Annual report of the Central Committee of the Association together with the report of the directors of the Pasteur Institute at Kasauli
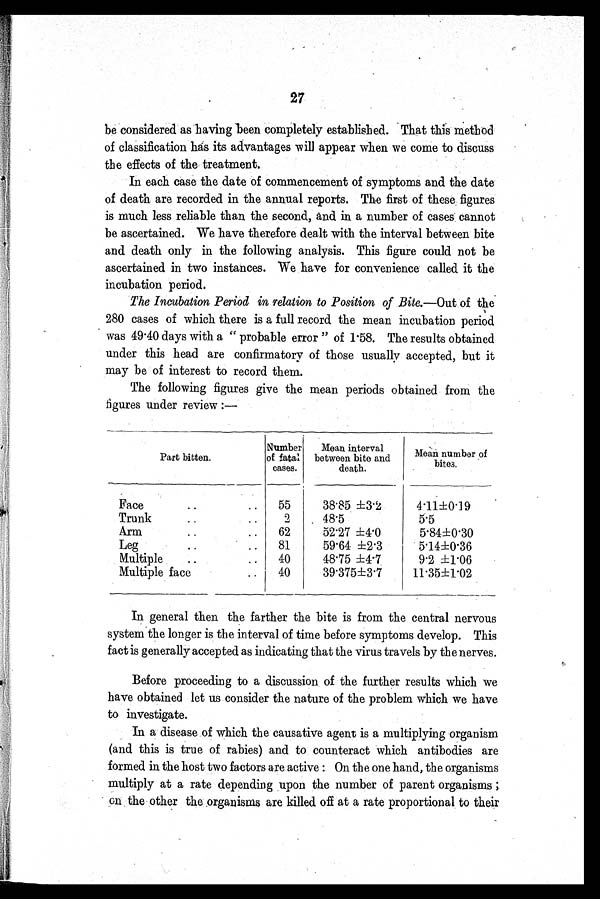
27
be considered as having been completely established. That this method
of classification has its advantages will appear when we come to discuss
the effects of the treatment.
In each case the date of commencement of symptoms and the date
of death are recorded in the annual reports. The first of these figures
is much less reliable than the second, and in a number of cases cannot
be ascertained. We have therefore dealt with the interval between bite
and death only in the following analysis. This figure could not be
ascertained in two instances. We have for convenience called it the
incubation period.
The Incubation Period in relation to Position of Bite .—Out of the
280 cases of which there is a full record the mean incubation period
was 49.40 days with a "probable error" of 1.58. The results obtained
under this head are confirmatory of those usually accepted, but it
may be of interest to record them.
The following figures give the mean periods obtained from the
figures under review:—
Part bitten.
Number
of fatal
cases.
Mean interval
between bite and
death.
Mean number of
bites.
Face. . .
55
38.85 ±3.2
4.11±0.19
Trunk . . .
2
48.5
5.5
Arm. . .
62
52.27 ±4.0
5.84±0.30
Leg . . .
81
59.64 ±2.3
5.14±0.36
Multiple . . .
40
48.75 ±4.7
9.2 ±1.06
Multiple face . . .
40
39.375±3.7
11.35±1.02
In general then the farther the bite is from the central nervous
system the longer is the interval of time before symptoms develop. This
fact is generally accepted as indicating that the virus travels by the nerves.
Before proceeding to a discussion of the further results which we
have obtained let us consider the nature of the problem which we have
to investigate.
In a disease of which the causative agent is a multiplying organism
(and this is true of rabies) and to counteract which antibodies are
formed in the host two factors are active: On the one hand, the organisms
multiply at a rate depending upon the number of parent organisms;
on the other the organisms are killed off at a rate proportional to their